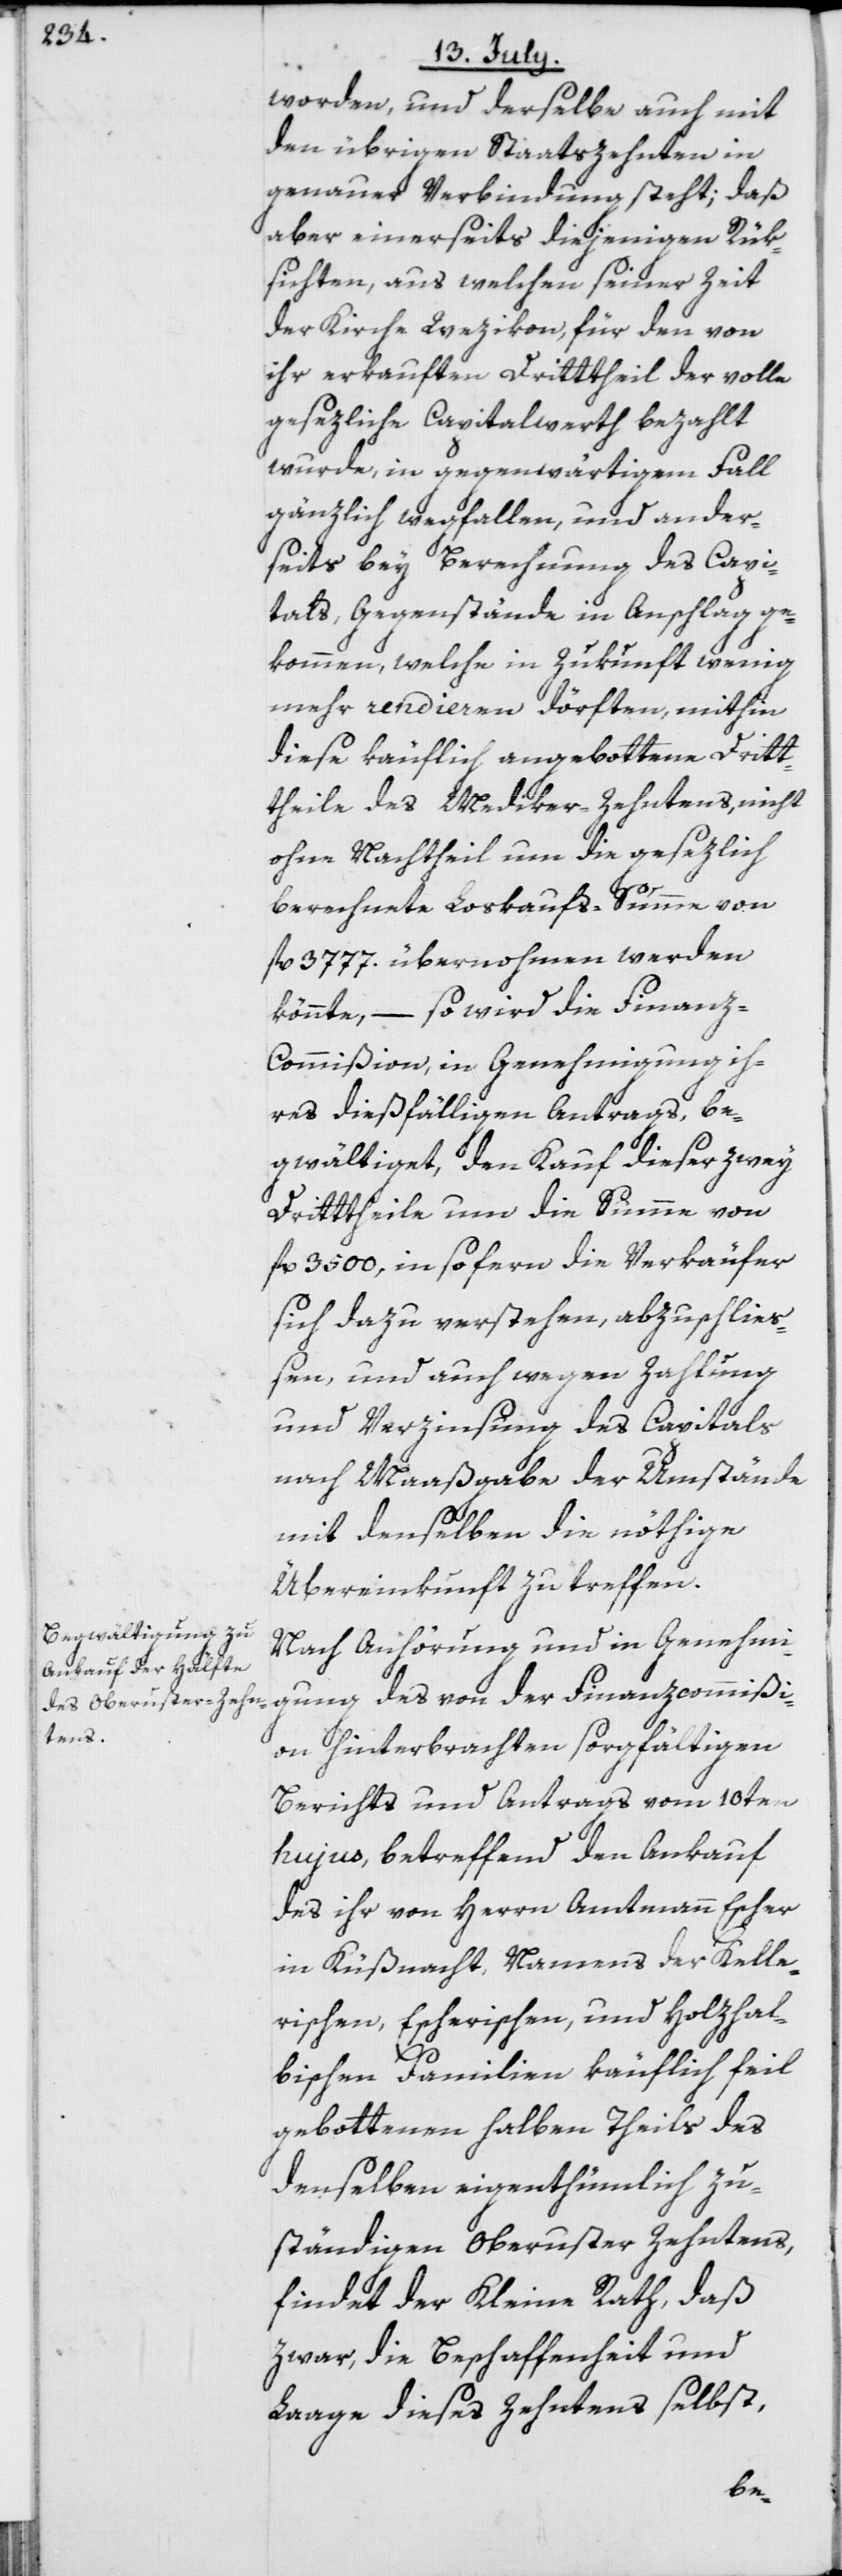
worden, und derselbe auch mit
den übrigen Staatszehnten in
genauer Verbindung steht; daß
aber einerseits diejenigen Rük¬
sichten, aus welchen seiner Zeit
der Kirche Wezikon, für den von
ihr erkauften Drittheil der volle
gesezliche Capitalwerth bezahlt
wurde, in gegenwärtigem Fall
gänzlich wegfallen, und ander¬
seits bey Berechnung des Capi¬
tals, Gegenstände in Anschlag ge¬
kommen, welche in Zukunft wenig
mehr rendieren dörften, mithin
diese käuflich angebottene Drit¬
theile des Mediker-Zehntens, nicht
ohne Nachtheil um die gesezlich
berechnete Loskaufs-Summe von
fl. 3777. übernohmen werden
könnte, – so wird die Finanz-C¬
ommißion, in Genehmigung ih¬
res dießfälligen Antrags, be¬
gwältiget, den Kauf dieser zwey
Drittheile um die Summe von
fl. 3500, insofern die Verkäufer
sich dazu verstehen, abzuschließ¬
en, und auch wegen Zahlung
und Verzinsung des Capitals
nach Maaßgabe der Umstände
mit denselben die nöthige
Übereinkunft zu treffen.
Nach Anhörung und in Genehmi¬
gung des von der Finanzcommißi¬
on hinterbrachten sorgfältigen
Berichts und Antrags vom 10ten
hujus, betreffend den Ankauf
des ihr von Herrn Amtmann Escher
in Küßnacht, Namens der Kelle¬
rischen, Escherischen, und Holzhal¬
bischen Familien käuflich feil
gebottenen halben Theils des
denselben eigenthümlich zu¬
ständigen Oberuster Zehntens,
findet der Kleine Rath, daß
zwar, die Beschaffenheit und
Laage dieses Zehntens selbst,